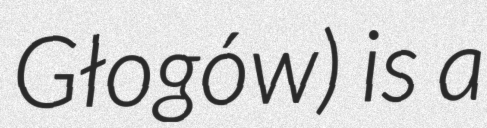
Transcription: Głogów) is a